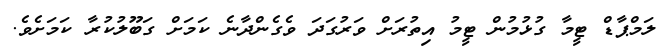
ލަމްޕާޑް ޓީމާ ގުޅުމުން ޓީމު އިތުރަށް ވަރުގަދަ ވެގެންދާނެ ކަމަށް ގަބޫލުކުރާ ކަމަށެވެ.